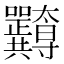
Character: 𭍖